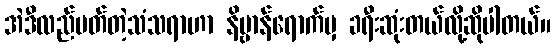
အဲဒီလည်ပတ်တဲ့သံသရာဟာ နိဗ္ဗာန်ရောက်မှ ခရီးဆုံးတယ်လို့ဆိုပါတယ်။